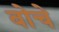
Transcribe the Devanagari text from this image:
वोचे